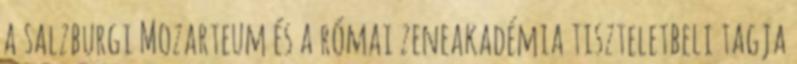
a salzburgi Mozarteum és a római zeneakadémia tiszteletbeli tagja